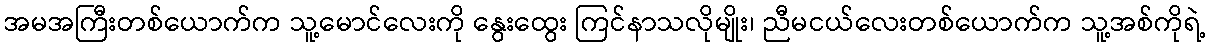
အမအကြီးတစ်ယောက်က သူ့မောင်လေးကို နွေးထွေး ကြင်နာသလိုမျိုး၊ ညီမငယ်လေးတစ်ယောက်က သူ့အစ်ကိုရဲ့